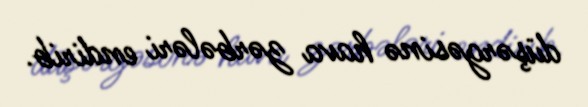
düşərgəsinə hava zərbələri endirib.